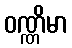
ဝဏ္ဏိမာ